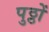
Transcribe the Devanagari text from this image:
पुठ्ठों